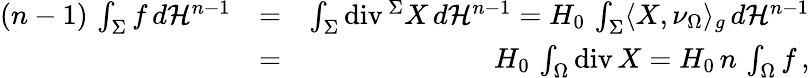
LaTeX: \begin{array}{rlr}{(n-1)\, \int_{\Sigma}f\, d\mathcal{H}^{n-1}}&{=}&{\int_{\Sigma}\mathrm{div}\, ^{\Sigma}X\, d\mathcal{H}^{n-1}=H_{0}\, \int_{\Sigma}\langle X,\nu_{\Omega}\rangle_{g}\, d\mathcal{H}^{n-1}}\\ &{=}&{H_{0}\, \int_{\Omega}\mathrm{div}\, X=H_{0}\, n\, \int_{\Omega}f\, ,}\end{array}